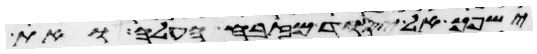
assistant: ישפך אל יסוד מזבח העלה ואת